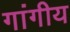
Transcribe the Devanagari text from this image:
गांगीय